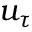
u _ { \tau }